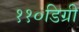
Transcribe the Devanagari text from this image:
११०डिग्री